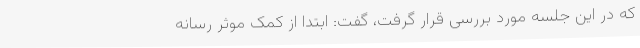
که در این جلسه مورد بررسی قرار گرفت، گفت: ابتدا از کمک موثر رسانه